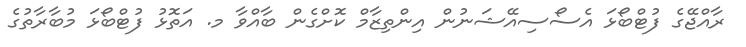
ރާއްޖޭގެ ފުޓްބޯޅަ އެސޯސިއޭޝަނުން އިންތިޒާމް ކޮށްގެން ބާއްވާ މ. އަތޮޅު ފުޓްބޯޅަ މުބާރާތުގެ